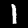
Digit: 1